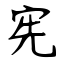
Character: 宪